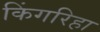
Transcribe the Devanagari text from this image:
किंगरिहा